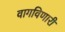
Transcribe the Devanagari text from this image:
वागविणारी